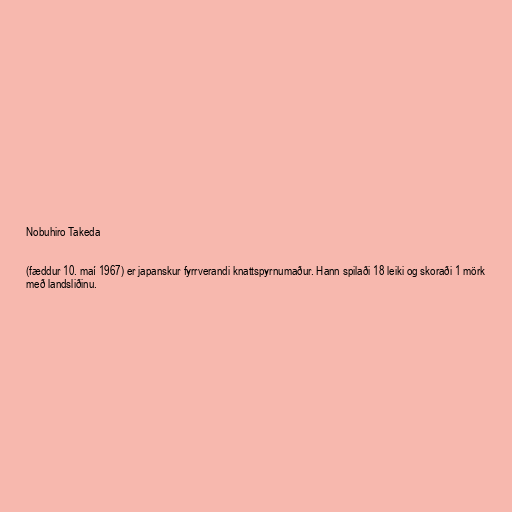
Nobuhiro Takeda

(fæddur 10. maí 1967) er japanskur fyrrverandi knattspyrnumaður. Hann spilaði 18 leiki og skoraði 1 mörk
með landsliðinu.